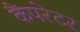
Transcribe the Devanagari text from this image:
कैंपरेटर